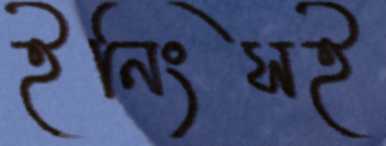
ইনিংসই